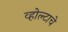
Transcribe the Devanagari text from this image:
व्होल्टाचे